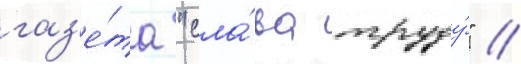
газ'е́та "сла́ва труду́" //